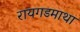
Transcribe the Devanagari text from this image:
रायगडमाथा